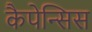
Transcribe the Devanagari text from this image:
कैपेन्सिस